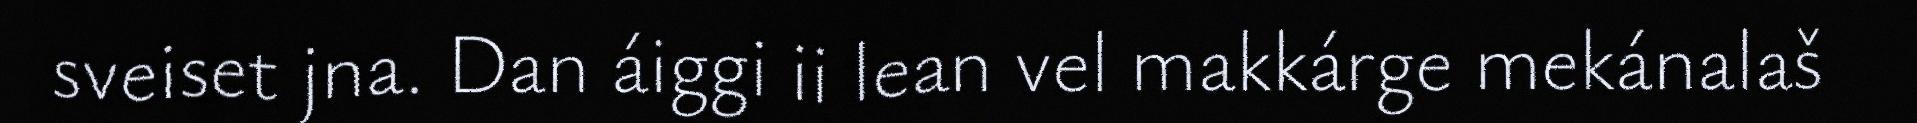
sveiset jna. Dan áiggi ii lean vel makkárge mekánalaš